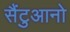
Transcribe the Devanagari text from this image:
सैंटुआनो